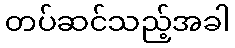
တပ်ဆင်သည့်အခါ